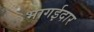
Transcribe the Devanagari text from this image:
भागईदार